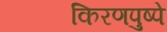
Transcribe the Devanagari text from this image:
किरणपुष्पे